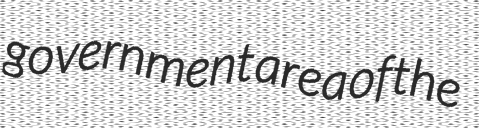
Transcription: government area of the